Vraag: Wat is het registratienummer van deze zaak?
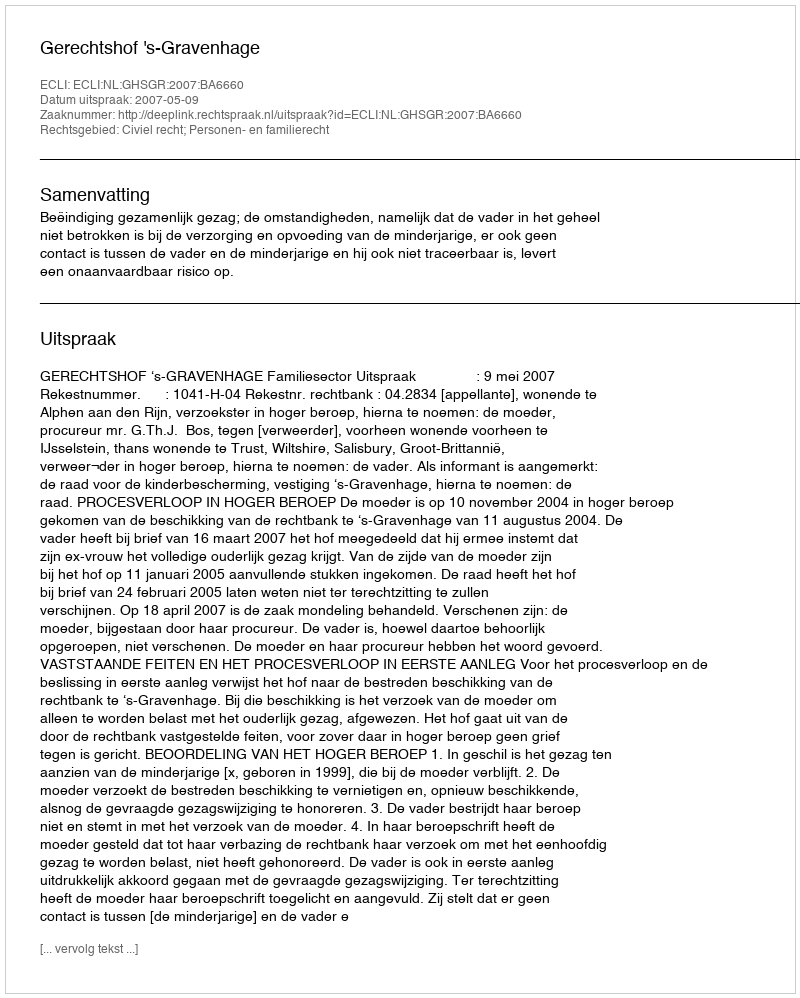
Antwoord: http://deeplink.rechtspraak.nl/uitspraak?id=ECLI:NL:GHSGR:2007:BA6660